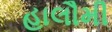
હાલૌમી